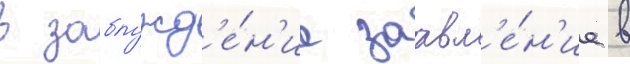
в заблужд'е́н'ие заавл'е́н'ие в